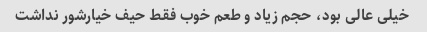
خیلی عالی بود، حجم زیاد و طعم خوب فقط حیف خیارشور نداشت